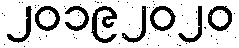
၂၀၁၉၂၀၂၀